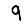
Digit: 9